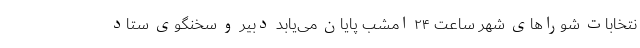
نتخابات شوراهای شهر ساعت ۲۴ امشب پایان می‌یابد دبیر و سخنگوی ستاد